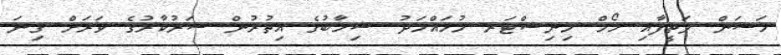
ހަސަން ލަތީފާއި ހޯމް މިނިސްޓަރ މުހައްމަދު ޝިހާބުގެ އިތުރުން ސަރުކާރުގެ ވަރަށް ގިނަ